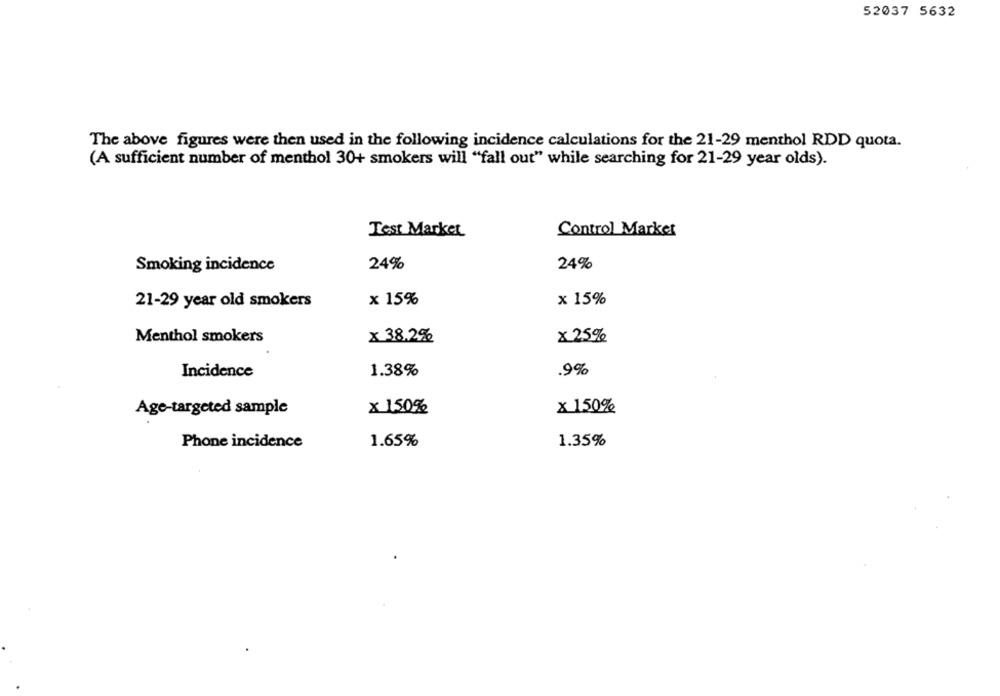
52037 5632
The above figures were then used in the following incidence calculations for the 21-29 menthol RDD quota.
(A sufficient number of menthol 30+ smokers will "fall out" while searching for 21-29 year olds).
Test Market
Control Market
Smoking incidence
24%
24%
21-29 year old smokers
x 15%
x 15%
Menthol smokers
x 38,2%
x25%
Incidence
1.38%
.9%
Age-targeted sample
x 150%
× 150%
Phone incidence
1.65%
1.35%